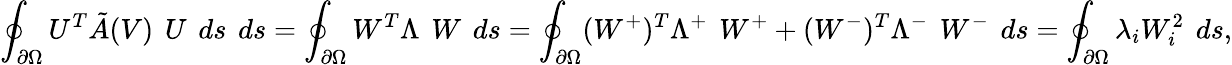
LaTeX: \oint_{\partial\Omega}U^{T}\tilde{A}(V)\, \ U\, \ ds\, \ ds=\oint_{\partial\Omega}W^{T}\Lambda\, \ W\, \ ds=\oint_{\partial\Omega}(W^{+})^{T}\Lambda^{+}\, \ W^{+}+(W^{-})^{T}\Lambda^{-}\, \ W^{-}\, \ ds=\oint_{\partial\Omega}\lambda_{i}W_{i}^{2}\, \ ds,